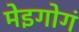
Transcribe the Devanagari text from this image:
मेइगोगं